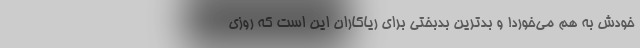
خودش به هم می‌خورد! و بدترین بدبختی برای ریاکاران این است که روزی